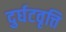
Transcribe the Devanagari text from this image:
दुर्घटवृत्ति